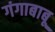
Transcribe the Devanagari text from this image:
गंगाबाबू